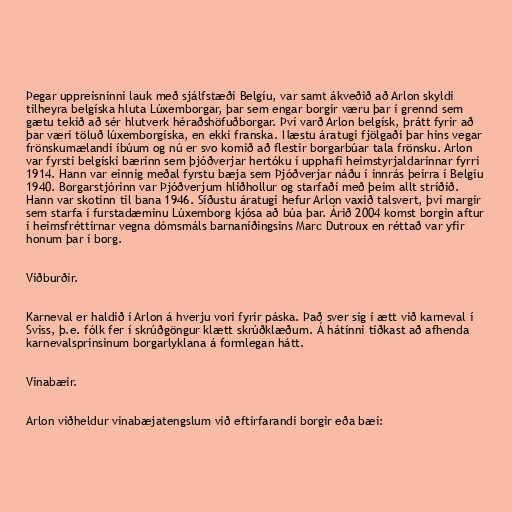
Þegar uppreisninni lauk með sjálfstæði Belgíu, var samt ákveðið að Arlon skyldi
tilheyra belgíska hluta Lúxemborgar, þar sem engar borgir væru þar í grennd sem
gætu tekið að sér hlutverk héraðshöfuðborgar. Því varð Arlon belgísk, þrátt fyrir að
þar væri töluð lúxemborgíska, en ekki franska. Næstu áratugi fjölgaði þar hins vegar
frönskumælandi íbúum og nú er svo komið að flestir borgarbúar tala frönsku. Arlon
var fyrsti belgíski bærinn sem þjóðverjar hertóku í upphafi heimstyrjaldarinnar fyrri
1914. Hann var einnig meðal fyrstu bæja sem Þjóðverjar náðu í innrás þeirra í Belgíu
1940. Borgarstjórinn var Þjóðverjum hliðhollur og starfaði með þeim allt stríðið.
Hann var skotinn til bana 1946. Síðustu áratugi hefur Arlon vaxið talsvert, því margir
sem starfa í furstadæminu Lúxemborg kjósa að búa þar. Árið 2004 komst borgin aftur
í heimsfréttirnar vegna dómsmáls barnaníðingsins Marc Dutroux en réttað var yfir
honum þar í borg.

Viðburðir.

Karneval er haldið í Arlon á hverju vori fyrir páska. Það sver sig í ætt við karneval í
Sviss, þ.e. fólk fer í skrúðgöngur klætt skrúðklæðum. Á hátínni tíðkast að afhenda
karnevalsprinsinum borgarlyklana á formlegan hátt.

Vinabæir.

Arlon viðheldur vinabæjatengslum við eftirfarandi borgir eða bæi: